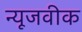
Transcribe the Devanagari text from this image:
न्‍यूजवीक